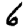
Digit: 6